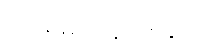
ကားဈေးကွက်တွင်